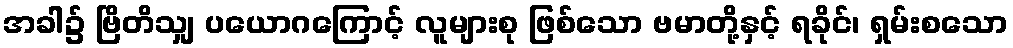
အခါ၌ ဗြိတိသျှ ပယောဂကြောင့် လူများစု ဖြစ်သော ဗမာတို့နှင့် ရခိုင်၊ ရှမ်းစသော